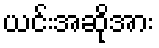
ယင်းအဆိုအား